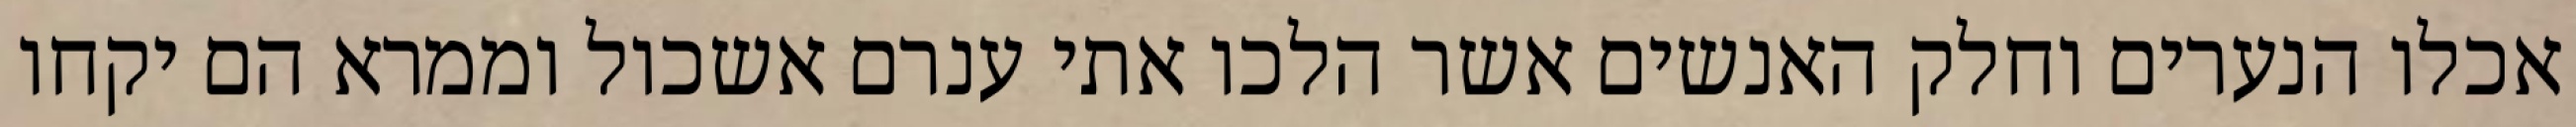
אכלו הנערים וחלק האנשים אשר הלכו אתי ענרם אשכול וממרא הם יקחו